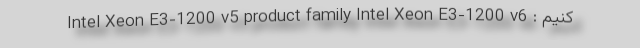
کنیم : Intel Xeon E3-1200 v5 product family Intel Xeon E3-1200 v6